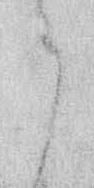
ら